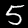
Label: 5